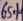
Text: 65%